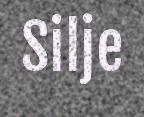
Silje